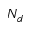
N _ { d }